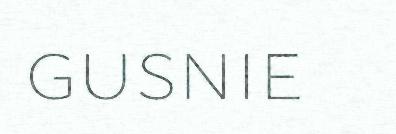
gusnie